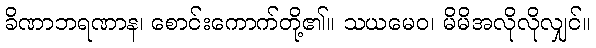
ခိဏာဘရဏာန၊ စောင်းကောက်တို့၏။ သယမေဝ၊ မိမိအလိုလိုလျှင်။